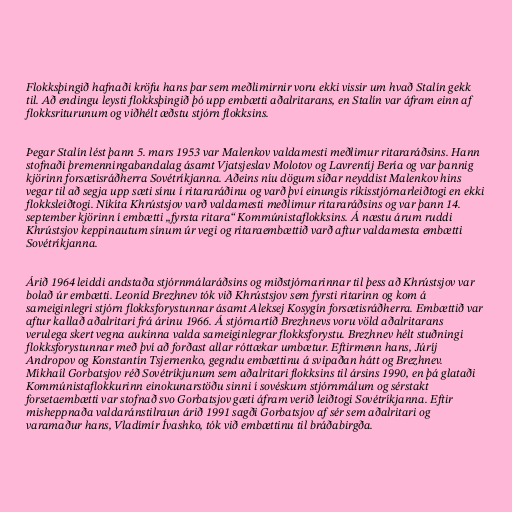
Flokksþingið hafnaði kröfu hans þar sem meðlimirnir voru ekki vissir um hvað Stalín gekk
til. Að endingu leysti flokksþingið þó upp embætti aðalritarans, en Stalín var áfram einn af
flokksriturunum og viðhélt æðstu stjórn flokksins.

Þegar Stalín lést þann 5. mars 1953 var Malenkov valdamesti meðlimur ritararáðsins. Hann
stofnaði þremenningabandalag ásamt Vjatsjeslav Molotov og Lavrentíj Bería og var þannig
kjörinn forsætisráðherra Sovétríkjanna. Aðeins níu dögum síðar neyddist Malenkov hins
vegar til að segja upp sæti sínu í ritararáðinu og varð því einungis ríkisstjórnarleiðtogi en ekki
flokksleiðtogi. Níkíta Khrústsjov varð valdamesti meðlimur ritararáðsins og var þann 14.
september kjörinn í embætti „fyrsta ritara“ Kommúnistaflokksins. Á næstu árum ruddi
Khrústsjov keppinautum sínum úr vegi og ritaraembættið varð aftur valdamesta embætti
Sovétríkjanna.

Árið 1964 leiddi andstaða stjórnmálaráðsins og miðstjórnarinnar til þess að Khrústsjov var
bolað úr embætti. Leoníd Brezhnev tók við Khrústsjov sem fyrsti ritarinn og kom á
sameiginlegri stjórn flokksforystunnar ásamt Aleksej Kosygín forsætisráðherra. Embættið var
aftur kallað aðalritari frá árinu 1966. Á stjórnartíð Brezhnevs voru völd aðalritarans
verulega skert vegna aukinna valda sameiginlegrar flokksforystu. Brezhnev hélt stuðningi
flokksforystunnar með því að forðast allar róttækar umbætur. Eftirmenn hans, Júríj
Andropov og Konstantín Tsjernenko, gegndu embættinu á svipaðan hátt og Brezhnev.
Míkhaíl Gorbatsjov réð Sovétríkjunum sem aðalritari flokksins til ársins 1990, en þá glataði
Kommúnistaflokkurinn einokunarstöðu sinni í sovéskum stjórnmálum og sérstakt
forsetaembætti var stofnað svo Gorbatsjov gæti áfram verið leiðtogi Sovétríkjanna. Eftir
misheppnaða valdaránstilraun árið 1991 sagði Gorbatsjov af sér sem aðalritari og
varamaður hans, Vladímír Ívashko, tók við embættinu til bráðabirgða.